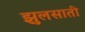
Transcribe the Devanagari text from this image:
झुलसाती